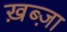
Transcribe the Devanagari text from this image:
ख़ब्ज़ा